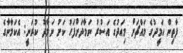
ފާތިން ހަމީދުގެ މައްޗަށް މިއަދުގެ އަސުރު ނަމާދަށްފަހު ކަށު ނަމާދު ކުރަނީ: އެކަމާނާގެ